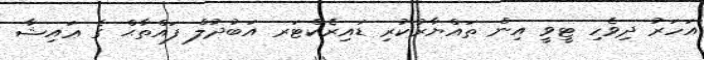
އަހަރު ދިވެހި ޓީވީ އިން ތައްޔާރުކުރި ޑައިރެކްޓަރ އަބުދުލް ފައްތާޙް ގެ ޢައިޝާ